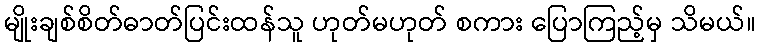
မျိုးချစ်စိတ်ဓာတ်ပြင်းထန်သူ ဟုတ်မဟုတ် စကား ပြောကြည့်မှ သိမယ်။